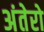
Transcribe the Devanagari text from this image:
अंतेरो